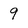
Character: 9